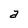
Character: a